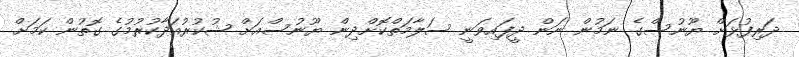
ދަރިފުޅަށް ޔޫނުސްގެ ނަމުން ނަން ދީފައިވަނީ ސަލާމަތްކޮށްދިން ޔޫނުސްއަށް ޝުކުރުއަދާކުރުމުގެ ގޮތުން ކަމަށް